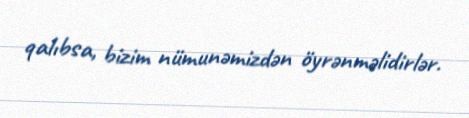
qalıbsa, bizim nümunəmizdən öyrənməlidirlər.